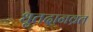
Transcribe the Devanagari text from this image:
धृतदानव्रत